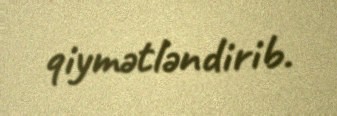
qiymətləndirib.